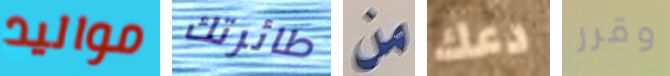
مواليد طائرتك من دعك وقرر